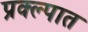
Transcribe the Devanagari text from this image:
प्रक्ल्पात